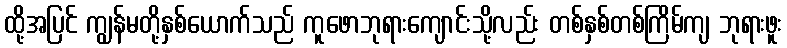
ထို့အပြင် ကျွန်မတို့နှစ်ယောက်သည် ကူဖောဘုရားကျောင်းသို့လည်း တစ်နှစ်တစ်ကြိမ်ကျ ဘုရားဖူး